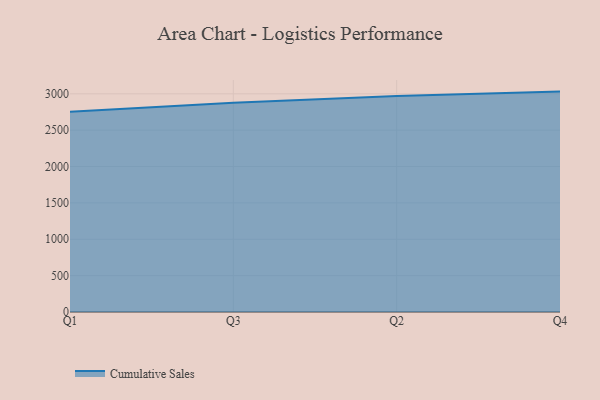
{"axis": {"x": "Quarter", "y": "Latency (ms)"}, "legend": ["Cumulative Sales"], "data": [{"x": "Q1", "y": 2751.8, "type": "Cumulative Sales"}, {"x": "Q3", "y": 2877.5, "type": "Cumulative Sales"}, {"x": "Q2", "y": 2970.6, "type": "Cumulative Sales"}, {"x": "Q4", "y": 3030.2, "type": "Cumulative Sales"}]}